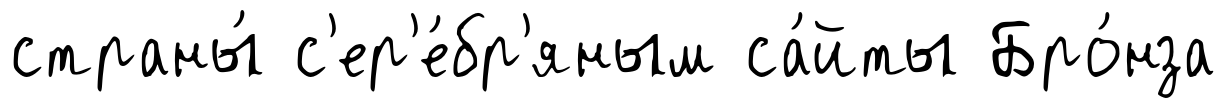
страны́ с'ер'е́бр'яным са́йты Бро́нза